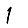
Digit: 1